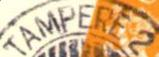
TAMPERE 2